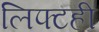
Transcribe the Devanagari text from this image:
लिफ्टही